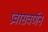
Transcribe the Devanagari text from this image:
प्रवासवर्णनं